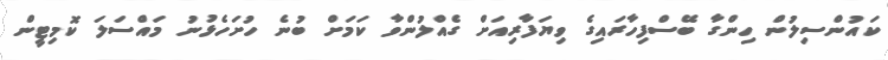
ކައުންސިލުން ހިންގާ ބޭސްފިހާރައިގެ ވިޔަފާރިއަށް ގެއްލުންވާ ކަމަށް ބުނެ ހުށަހެޅުނު މައްސަލަ ކޮމިޓީން